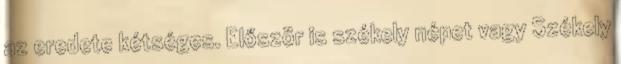
az eredete kétséges. Először is székely népet vagy Székely